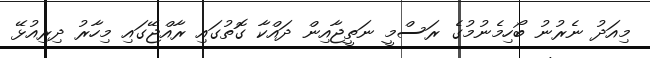
މިއަދު ނެރުނު ބޯހިމެނުމުގެ ރަސްމީ ނަތީޖާއިން ދައްކާ ގޮތުގައި ރާއްޖޭގައި މިހާރު ދިރިއުޅޭ